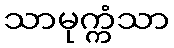
သာမုက္ကံသာ